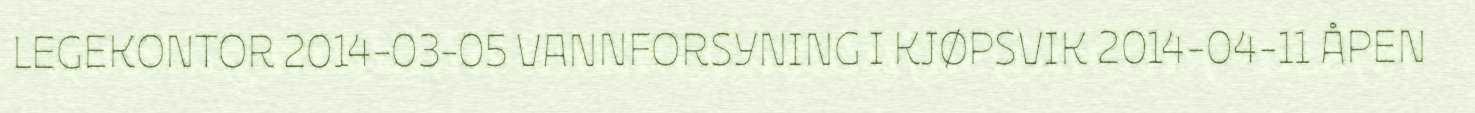
LEGEKONTOR 2014-03-05 VANNFORSYNING I KJØPSVIK 2014-04-11 ÅPEN